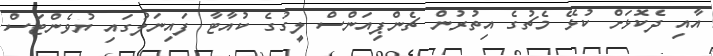
އާއި ދެކޮޅަށް ކުޅޭ މެޗުގެ އިތުރުން ޗެންޕިއަންސް ލީގުގެ ކުއާޓާ ފައިނަލުގައި ޔުވެންޓަސް